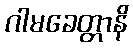
ဂါမခေတ္တာနိ